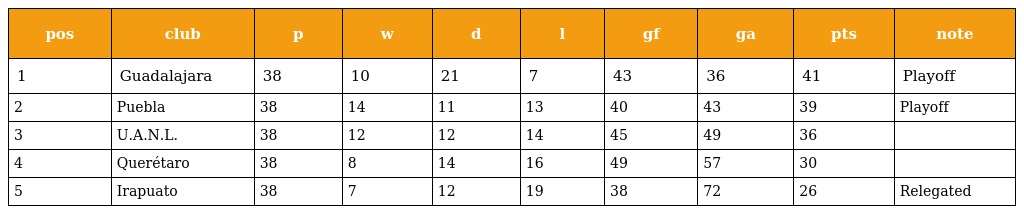
| pos | club | p | w | d | l | gf | ga | pts | note |
 | --- | --- | --- | --- | --- | --- | --- | --- | --- | --- |
 | 1 | Guadalajara | 38 | 10 | 21 | 7 | 43 | 36 | 41 | Playoff |
 | 2 | Puebla | 38 | 14 | 11 | 13 | 40 | 43 | 39 | Playoff |
 | 3 | U.A.N.L. | 38 | 12 | 12 | 14 | 45 | 49 | 36 |  |
 | 4 | Querétaro | 38 | 8 | 14 | 16 | 49 | 57 | 30 |  |
 | 5 | Irapuato | 38 | 7 | 12 | 19 | 38 | 72 | 26 | Relegated |